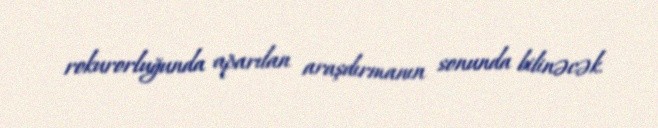
rokurorluğunda aparılan araşdırmanın sonunda bilinəcək.